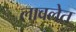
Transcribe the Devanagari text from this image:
लावलेत